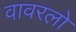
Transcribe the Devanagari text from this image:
वावरलो